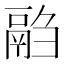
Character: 𱆍